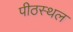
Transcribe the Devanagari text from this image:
पीठस्थल